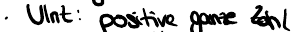
UInt : positive ganze Zahl